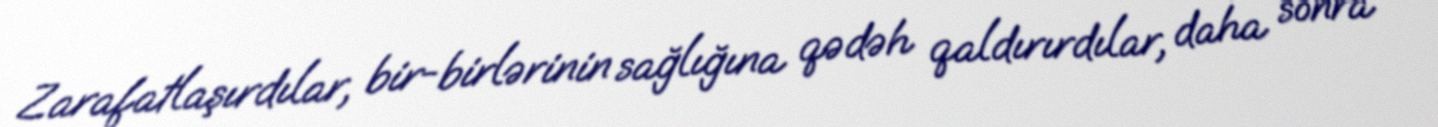
Zarafatlaşırdılar, bir-birlərinin sağlığına qədəh qaldırırdılar, daha sonra